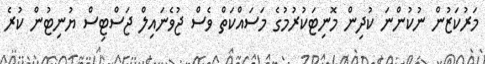
މަރުކަޒުން ނުކުންނަ ކުދިން މޮނިޓަކުރުމުގެ މަސައްކަތް ވެސް ޖުވެނައިލް ޖަސްޓިސް ޔުނިޓުން ކުރެ